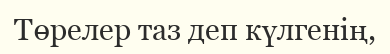
Төрелер таз деп күлгенің,